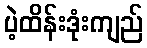
ပဲ့ထိန်းဒုံးကျည်